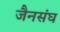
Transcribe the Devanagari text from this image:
जैनसंघ